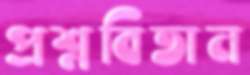
প্রশ্নবিতান